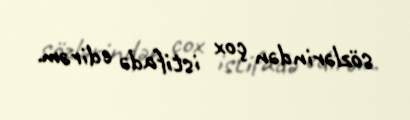
sözlərindən çox istifadə edirəm.